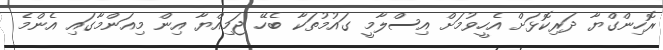
ރޮހިންގްޔާ ދަރިކޮޅަށް އެހީވުމަށް އިސްލާމީ ގައުމުތަކާ ބެހޭ ޖަމިއްޔާ އިން މިއަންމާގައި އެންމެ